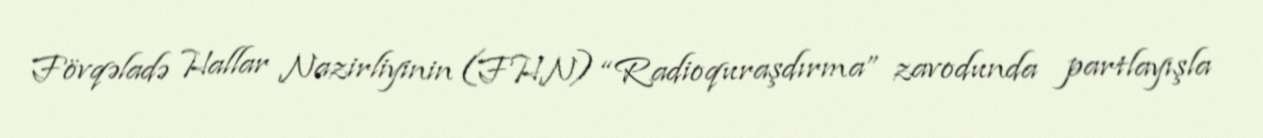
Fövqəladə Hallar Nazirliyinin (FHN) “Radioquraşdırma” zavodunda partlayışla